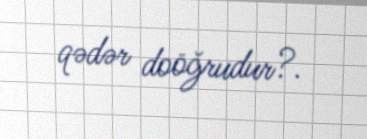
qədər doöğrudur?.